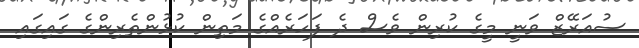
ސުއަރޭޒް ވަނީ މީގެ ކުރިން ވެސް ދެ ފަހަރެއްގެ މަތިން ކުޅުންތެރިންގެ ގައިގައި